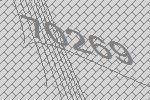
70269